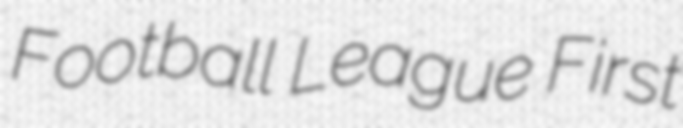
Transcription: Football League First